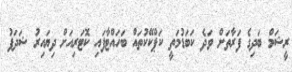
ރީޝަމް ބަދިގެ ފަރާތަށް ވަދެ ކަބަޑުމަތީ ކަޕްކޭކުތައް ބަހައްޓާފައި ކޮޓަރިއަށް ދިޔައިރު ޝަދަފު